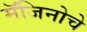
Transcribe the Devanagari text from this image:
मॅजिनोचे